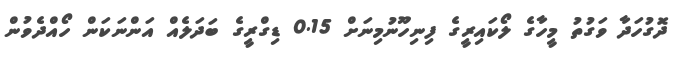
ދޮގުހަދާ ވަގުތު މީހާގެ ލޯކައިރީގެ ފިނިހޫނުމިނަށް 0.15 ޑިގްރީގެ ބަދަލެއް އަންނަކަން ހޯއްދެވުން